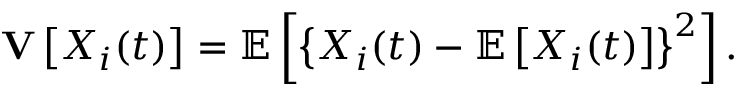
\mathbf { V } \left[ X _ { i } ( t ) \right] = \operatorname { \mathbb { E } } \left[ \left\{ X _ { i } ( t ) - \operatorname { \mathbb { E } } \left[ X _ { i } ( t ) \right] \right\} ^ { 2 } \right] .